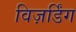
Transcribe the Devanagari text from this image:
विज़र्डिंग